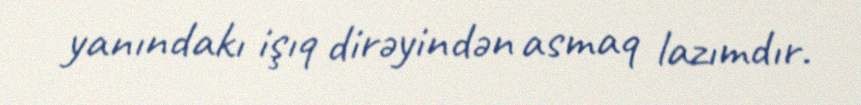
yanındakı işıq dirəyindən asmaq lazımdır.